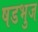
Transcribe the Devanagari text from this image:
षडभुज